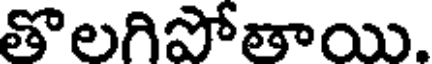
తొలగిపోతాయి.